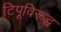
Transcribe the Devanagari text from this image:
टिपूविरूद्ध